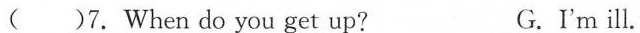
( )7. When do you get up? G.I'm ill.